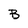
Character: B